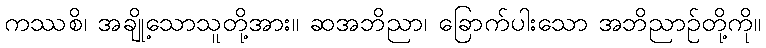
ကဿစိ၊ အချို့သောသူတို့အား။ ဆအဘိညာ၊ ခြောက်ပါးသော အဘိညာဉ်တို့ကို။